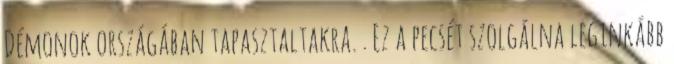
Démonok országában tapasztaltakra. . Ez a pecsét szolgálna leginkább